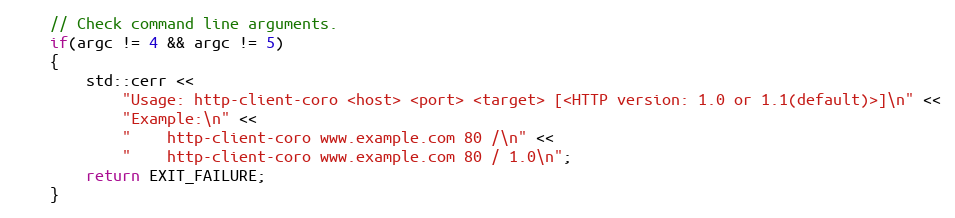
Language: C++
    // Check command line arguments.
    if(argc != 4 && argc != 5)
    {
        std::cerr <<
            "Usage: http-client-coro <host> <port> <target> [<HTTP version: 1.0 or 1.1(default)>]\n" <<
            "Example:\n" <<
            "    http-client-coro www.example.com 80 /\n" <<
            "    http-client-coro www.example.com 80 / 1.0\n";
        return EXIT_FAILURE;
    }